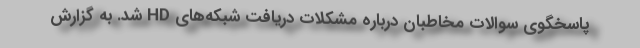
پاسخگوی سوالات مخاطبان درباره مشکلات دریافت شبکه‌های HD شد. به گزارش